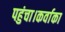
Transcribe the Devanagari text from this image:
पहुंचा।कर्वाका